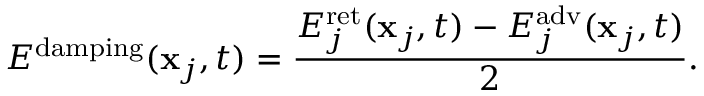
E ^ { \mathrm { d a m p i n g } } ( \mathbf { x } _ { j } , t ) = { \frac { E _ { j } ^ { \mathrm { r e t } } ( \mathbf { x } _ { j } , t ) - E _ { j } ^ { \mathrm { a d v } } ( \mathbf { x } _ { j } , t ) } { 2 } } .